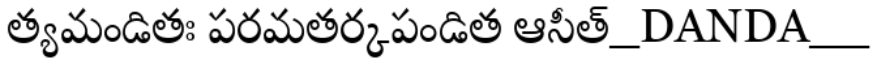
త్యమండితః పరమతర్కపండిత ఆసీత్_DANDA__